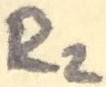
Text: R2